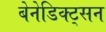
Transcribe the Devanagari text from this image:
बेनेडिक्ट्सन